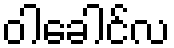
ဝါခေါင်လ